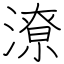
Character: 潦